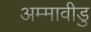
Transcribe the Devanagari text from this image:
अम्मावीडु